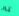
كم